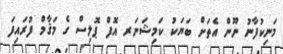
މަނިކުފާނު ނޫން އެތަށް ބަޔަކު ކަމިޝަނަރ އޮފް ޕޮލިސް ގެ މަޤާމް ފުރައިފަ